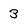
Character: 3